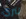
لتري